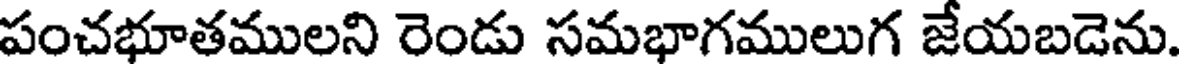
పంచభూతములని రెండు సమభాగములుగ జేయబడెను